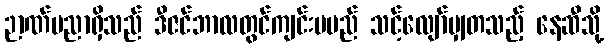
ဉာဏ်ပညာရှိသည် ဒီဇင်ဘာလတွင်ကျင်းပမည် သင့်လျော်မျှတသည့် နေဆီသို့